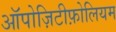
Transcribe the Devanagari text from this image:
ऑपोज़िटीफ़ोलियम